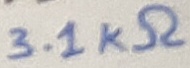
Text: 3.1KΩ